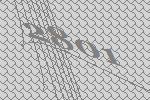
2801